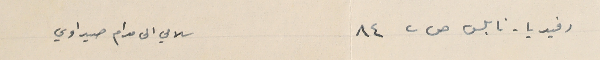
رفيديا - نابلس ص ب ٨٤                سلامي الى مدام صيداوي